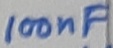
Text: 100nF